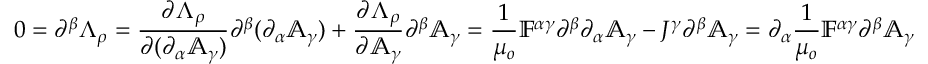
0 = \partial ^ { \beta } \Lambda _ { \rho } = \frac { \partial \Lambda _ { \rho } } { \partial ( \partial _ { \alpha } \mathbb { A } _ { \gamma } ) } \partial ^ { \beta } ( \partial _ { \alpha } \mathbb { A } _ { \gamma } ) + \frac { \partial \Lambda _ { \rho } } { \partial \mathbb { A } _ { \gamma } } \partial ^ { \beta } \mathbb { A } _ { \gamma } = \frac { 1 } { \mu _ { o } } \mathbb { F } ^ { \alpha \gamma } \partial ^ { \beta } \partial _ { \alpha } \mathbb { A } _ { \gamma } - J ^ { \gamma } \partial ^ { \beta } \mathbb { A } _ { \gamma } = \partial _ { \alpha } \frac { 1 } { \mu _ { o } } \mathbb { F } ^ { \alpha \gamma } \partial ^ { \beta } \mathbb { A } _ { \gamma }